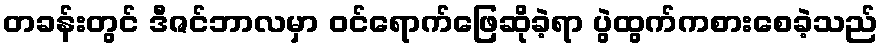
တခန်းတွင် ဒီဇင်ဘာလမှာ ဝင်ရောက်ဖြေဆိုခဲ့ရာ ပွဲထွက်ကစားစေခဲ့သည်